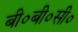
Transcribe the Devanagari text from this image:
बी०बी०सी०